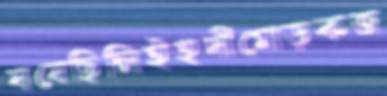
ঘষেছিলিইহুদীমোড়কজ